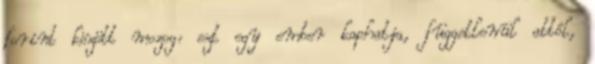
forint között mozog: ezt egy ember kaphatja, függetlenül attól,